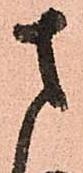
さ